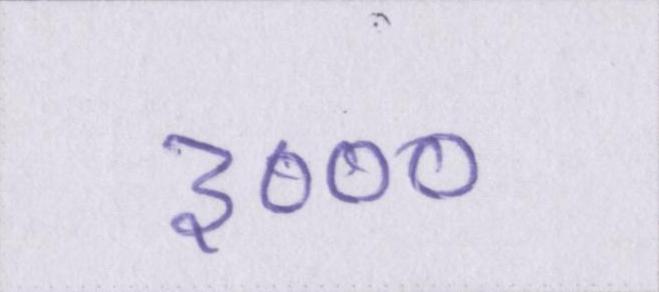
३०००